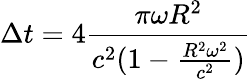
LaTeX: \Delta t=4\frac{\pi\omega R^{2}}{c^{2}(1-\frac{R^{2}\omega^{2}}{c^{2}})}